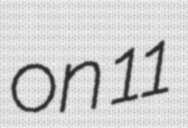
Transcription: on 11